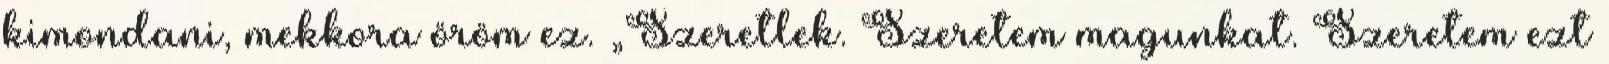
kimondani, mekkora öröm ez. „Szeretlek. Szeretem magunkat. Szeretem ezt